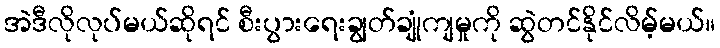
အဲဒီလိုလုပ်မယ်ဆိုရင် စီးပွားရေးချွတ်ချုံကျမှုကို ဆွဲတင်နိုင်လိမ့်မယ်။